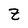
Character: Z